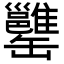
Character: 𦉥